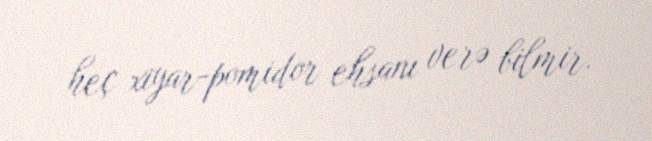
heç xiyar-pomidor ehsanı verə bilmir.